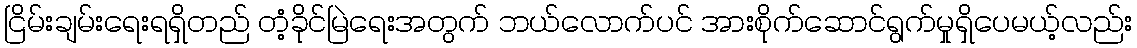
ငြိမ်းချမ်းရေးရရှိတည် တံ့ခိုင်မြဲရေးအတွက် ဘယ်လောက်ပင် အားစိုက်ဆောင်ရွက်မှုရှိပေမယ့်လည်း